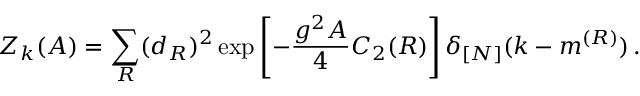
{ \cal Z } _ { k } ( A ) = \sum _ { R } ( d _ { R } ) ^ { 2 } \exp \left[ - \frac { g ^ { 2 } A } { 4 } C _ { 2 } ( R ) \right] \delta _ { [ N ] } ( k - m ^ { ( R ) } ) \, .